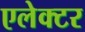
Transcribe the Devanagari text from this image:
एलेक्टर